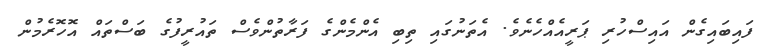
ފައިބައިގެން އައިސްހުރި ޕަރީއެއްހެނެވެ. އެތަނުގައި ތިބި އެންމެންގެ ފަރާތުންވެސް ތައުރީފުގެ ބަސްތައް އޮހޮރެމުން